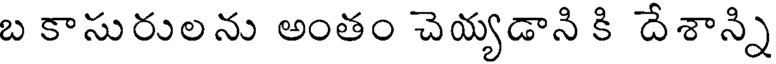
బ కాసురులను అంతం చెయ్యడాని కి దేశాన్ని